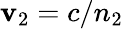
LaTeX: \mathbf{v}_{2}=c/n_{2}